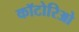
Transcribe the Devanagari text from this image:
कॉटोरिओ